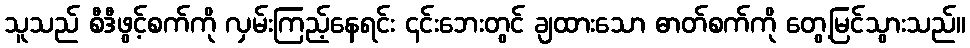
သူသည် စီဒီဖွင့်စက်ကို လှမ်းကြည့်နေရင်း ၎င်းဘေးတွင် ချထားသော ဓာတ်စက်ကို တွေ့မြင်သွားသည်။